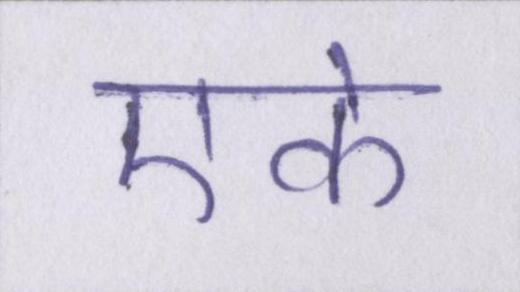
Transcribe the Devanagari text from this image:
एके